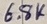
Text: 6.8k